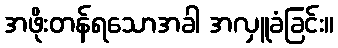
အဖိုးတန်ရသောအခါ အလှူခံခြင်း။